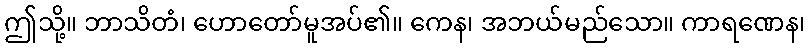
ဤသို့။ ဘာသိတံ၊ ဟောတော်မူအပ်၏။ ကေန၊ အဘယ်မည်သော။ ကာရဏေန၊